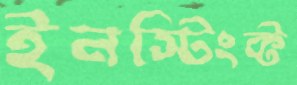
ইনস্টিংক্ট